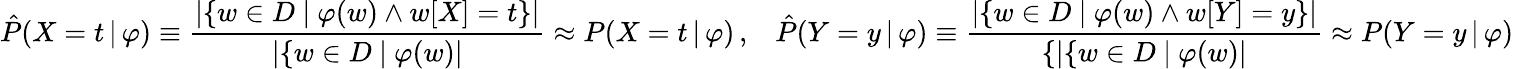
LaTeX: \hat{P}(X=t\, |\, \varphi)\equiv\frac{|\{ w\in D\ |\ \varphi(w)\wedge w[X]=t\} |}{|\{ w\in D\ |\ \varphi(w)|}\approx P(X=t\, |\, \varphi)\, ,\; \; \; \hat{P}(Y=y\, |\, \varphi)\equiv\frac{|\{ w\in D\ |\ \varphi(w)\wedge w[Y]=y\} |}{\{ |\{ w\in D\ |\ \varphi(w)|}\approx P(Y=y\, |\, \varphi)